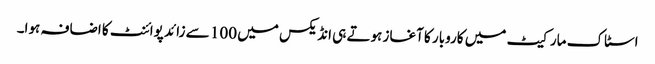
اسٹاک مارکیٹ میں کاروبار کا آغاز ہوتے ہی انڈیکس میں 100 سے زائد پوائنٹ کا اضافہ ہوا۔